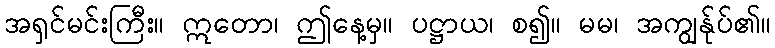
အရှင်မင်းကြီး။ ဣတော၊ ဤနေ့မှ။ ပဋ္ဌာယ၊ စ၍။ မမ၊ အကျွန်ုပ်၏။